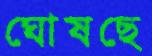
ঘোষছে